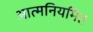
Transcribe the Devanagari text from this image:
आत्मनियमित